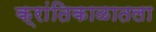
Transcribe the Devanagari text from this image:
क्रांतिकाळातला